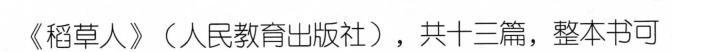
《稻草人》(人民教育出版社)，共十三篇，整本书可